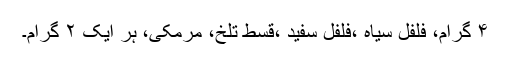
۴ گرام، فلفل سیاہ ،فلفل سفید ،قسط تلخ، مرمکی، ہر ایک ۲ گرام۔